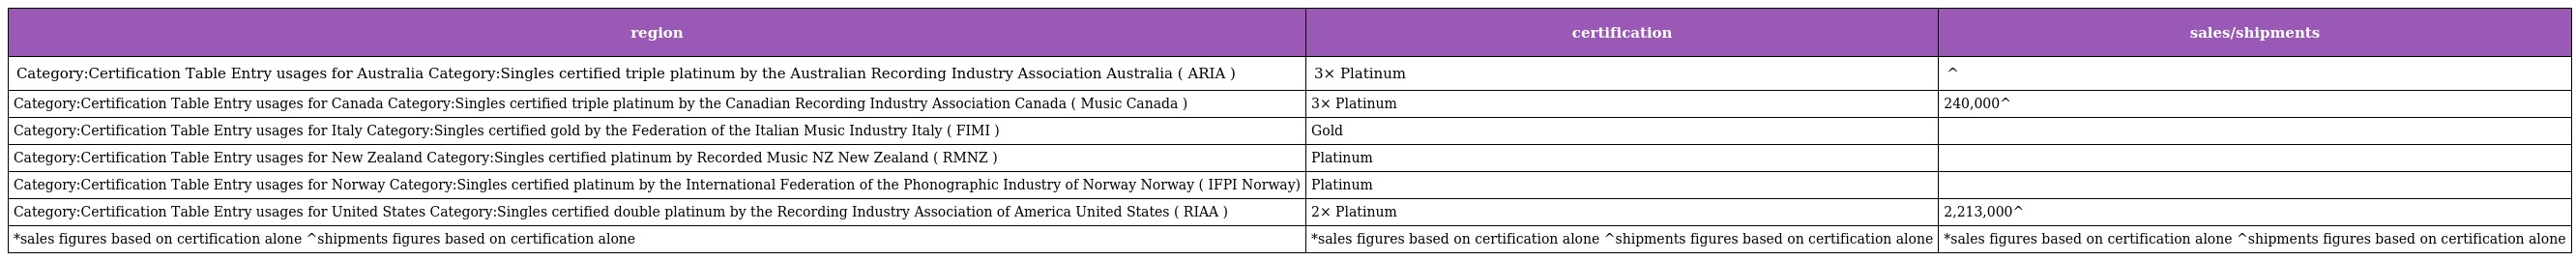
| region | certification | sales/shipments |
 | --- | --- | --- |
 | Category:Certification Table Entry usages for Australia Category:Singles certified triple platinum by the Australian Recording Industry Association Australia ( ARIA ) | 3× Platinum | ^ |
 | Category:Certification Table Entry usages for Canada Category:Singles certified triple platinum by the Canadian Recording Industry Association Canada ( Music Canada ) | 3× Platinum | 240,000^ |
 | Category:Certification Table Entry usages for Italy Category:Singles certified gold by the Federation of the Italian Music Industry Italy ( FIMI ) | Gold |  |
 | Category:Certification Table Entry usages for New Zealand Category:Singles certified platinum by Recorded Music NZ New Zealand ( RMNZ ) | Platinum |  |
 | Category:Certification Table Entry usages for Norway Category:Singles certified platinum by the International Federation of the Phonographic Industry of Norway Norway ( IFPI Norway) | Platinum |  |
 | Category:Certification Table Entry usages for United States Category:Singles certified double platinum by the Recording Industry Association of America United States ( RIAA ) | 2× Platinum | 2,213,000^ |
 | *sales figures based on certification alone ^shipments figures based on certification alone | *sales figures based on certification alone ^shipments figures based on certification alone | *sales figures based on certification alone ^shipments figures based on certification alone |